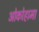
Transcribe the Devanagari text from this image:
ओकोहामा